FBI Photo B9
Agency: FBI
Incident date: Late 2025
Incident location: Western United States
Page 1
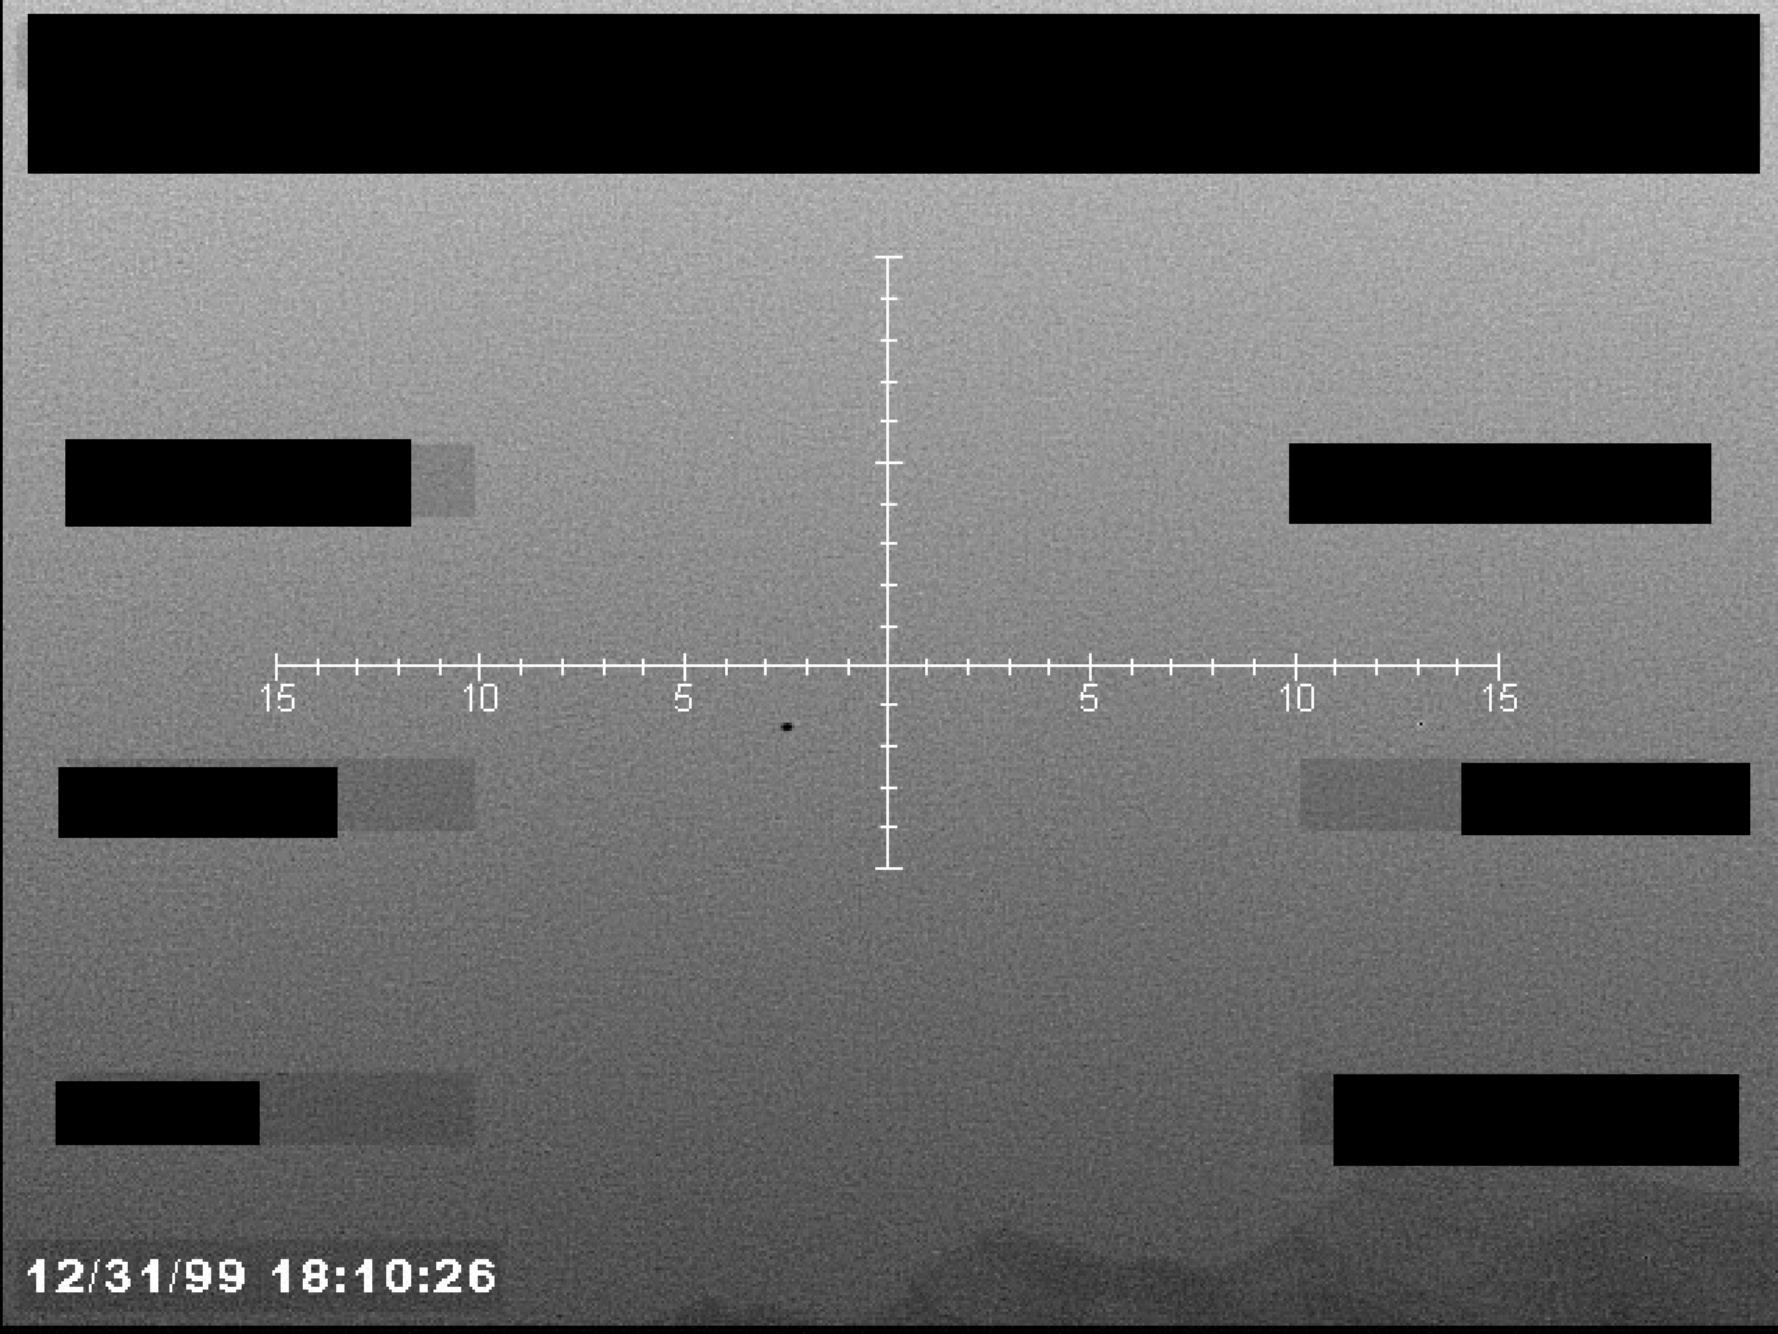